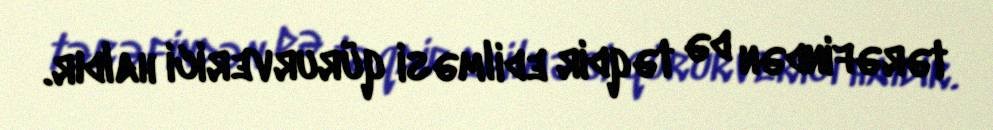
tərəfindən də təqdir edilməsi qürurverici haldır.